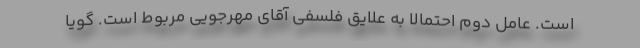
است. عامل دوم احتمالا به علایق فلسفی آقای مهرجویی مربوط است. گویا